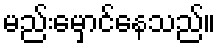
မည်းမှောင်နေသည်။